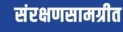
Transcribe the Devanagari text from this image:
संरक्षणसामग्रीत